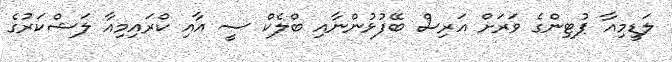
ލަޑީމިއާ ޕުޓިންގެ ވަރަށް އަރިސް ބޭފުޅުންނާއި ބްލެކް ސީ އާއި ކްރައިމިއާ ލަޝްކަރުގެ